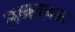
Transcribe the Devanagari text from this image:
लष्करबळ